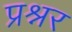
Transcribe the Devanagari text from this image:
प्रश्नर